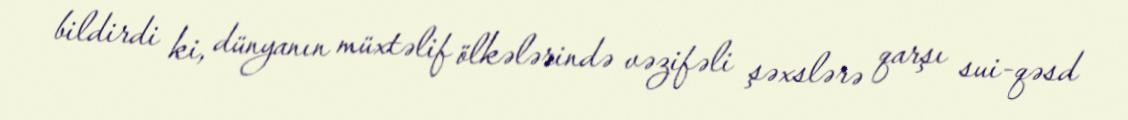
bildirdi ki, dünyanın müxtəlif ölkələrində vəzifəli şəxslərə qarşı sui-qəsd